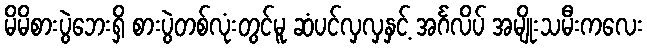
မိမိစားပွဲဘေးရှိ စားပွဲတစ်လုံးတွင်မူ ဆံပင်လှလှနှင့် အင်္ဂလိပ် အမျိုးသမီးကလေး